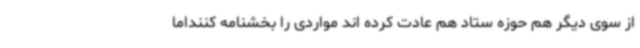
از سوی دیگر هم حوزه ستاد هم عادت کرده اند مواردی را بخشنامه کننداما